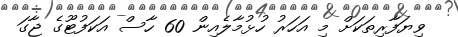
ވިޔަފާރިތަކަށް މި އަހަރު ހުޅުމާލެއިން 60 ހާސް އަކަފުޓޫގެ ޖާގަ